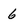
Character: 6